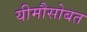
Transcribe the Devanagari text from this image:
यीमौसोबत